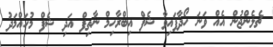
ޗެލެންޖުން އެއް ވަނަ ހޯދާފައިވާ ޝެފް އިބްރާހިމް ނާތިފް އަދި ޝެފް މުހައްމަދު